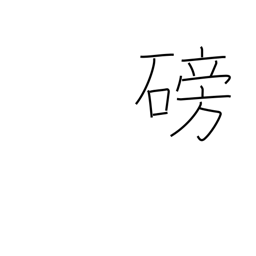
Meaning: become obstructed